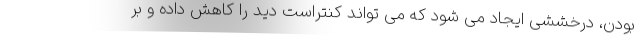
بودن، درخششی ایجاد می شود که می تواند کنتراست دید را کاهش داده و بر